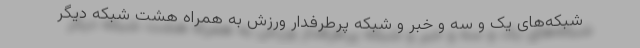
شبکه‌های یک و سه و خبر و شبکه پرطرفدار ورزش به همراه هشت شبکه دیگر